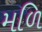
મળિ